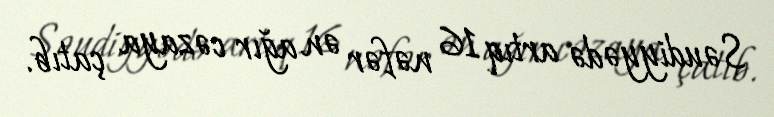
Səudiyyədə artıq 16 nəfər ən ağır cəzaya çatıb.